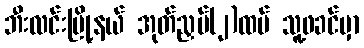
ဘီးလင်းမြို့နယ် အုတ်ညှပ်(၂)ထပ် သူ့ဖခင်မှာ